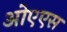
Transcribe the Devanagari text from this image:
ओएएस